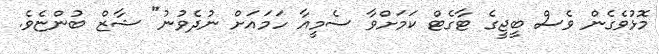
މޮޅުވެގެން ވެސް ބީޖީގެ ޓާގެޓް ކަމަށްވާ ސެމީއާ ހަމައަށް ނުދެވުނު" ޝާޒް ބުންޏެވެ.